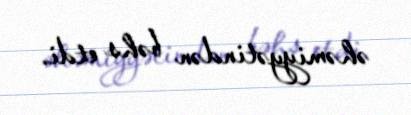
əhəmiyyətindən bəhs etdi.